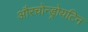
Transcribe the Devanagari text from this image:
औरचोन्ड्रोयटिन